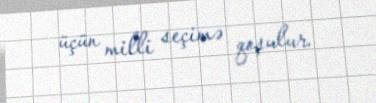
üçün milli seçimə qoşulur.